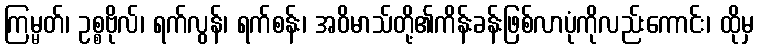
ကြမ္မတ်၊ ဥစ္စဗိုလ်၊ ရက်လွန်၊ ရက်စန်း၊ အဝိမာသ်တို့၏ကိန်းခန်းဖြစ်လာပုံကိုလည်းကောင်း၊ ထိုမှ